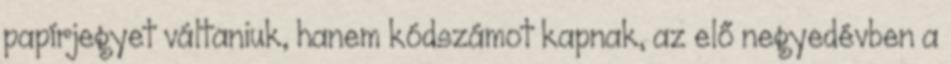
papírjegyet váltaniuk, hanem kódszámot kapnak, az elő negyedévben a